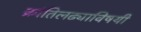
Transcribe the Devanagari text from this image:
क्रांतिलढ्याविषयी